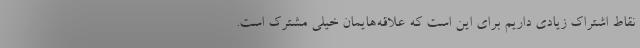
نقاط اشتراک زیادی داریم برای این است که علاقه‌هایمان خیلی مشترک است.